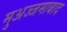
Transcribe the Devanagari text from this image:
मुअज्जमाबाद